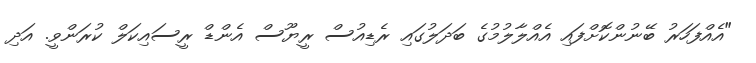
"އެއްފަހަރު ބޭނުންކޮށްފައި އެއްލާލުމުގެ ބަދަލުގައި ރެޑިއުސް ރީޔޫސް އެންޑް ރީސައިކަލް ކުރަންވީ. އަދި